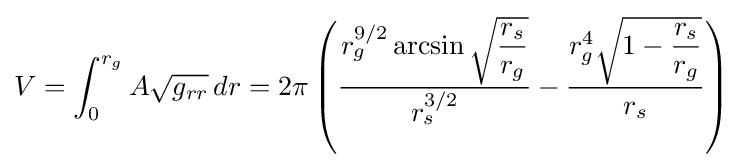
V=\int _{0}^{r_{g}}A{\sqrt {g_{rr}}}\,dr=2\pi \left({\frac {r_{g}^{9/2}\arcsin {\sqrt {\dfrac {r_{s}}{r_{g}}}}}{r_{s}^{3/2}}}-{\frac {r_{g}^{4}{\sqrt {1-{\dfrac {r_{s}}{r_{g}}}}}}{r_{s}}}\right)